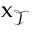
\mathbf { \boldsymbol { x } } _ { \mathcal { T } }